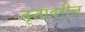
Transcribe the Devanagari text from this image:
वृत्तावरील